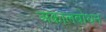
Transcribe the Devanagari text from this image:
अकालबोधन